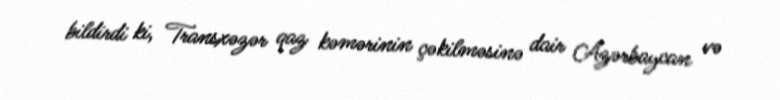
bildirdi ki, Transxəzər qaz kəmərinin çəkilməsinə dair Azərbaycan və